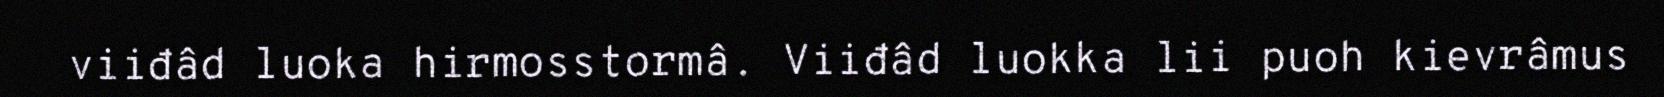
viiđâd luoka hirmosstormâ. Viiđâd luokka lii puoh kievrâmus